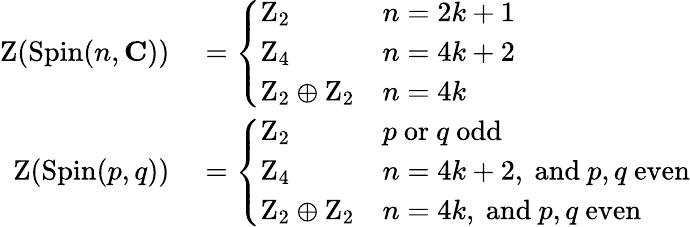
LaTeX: \begin{array}{rl}{\operatorname{Z}(\operatorname{Spin}(n,\mathbf{C}))}&{{}={\left\{ \begin{array}{ll}{\mathrm{Z}_{2}}&{n=2k+1}\\ {\mathrm{Z}_{4}}&{n=4k+2}\\ {\mathrm{Z}_{2}\oplus\mathrm{Z}_{2}}&{n=4k}\end{array}\right.}}\\ {\operatorname{Z}(\operatorname{Spin}(p,q))}&{{}={\left\{ \begin{array}{ll}{\mathrm{Z}_{2}}&{p{\mathrm{~or~}}q{\mathrm{~odd}}}\\ {\mathrm{Z}_{4}}&{n=4k+2,{\mathrm{~and~}}p,q{\mathrm{~even}}}\\ {\mathrm{Z}_{2}\oplus\mathrm{Z}_{2}}&{n=4k,{\mathrm{~and~}}p,q{\mathrm{~even}}}\end{array}\right.}}\end{array}